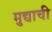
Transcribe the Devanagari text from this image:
मुद्याची